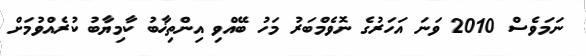
ނަމަވެސް 2010 ވަނަ އަހަރުގެ ނޮވެމްބަރު މަހު ބޭއްވި އިންތިޚާބު ކާމިޔާބު ކުރެއްވުމަށް